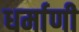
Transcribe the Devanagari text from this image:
धर्माणी